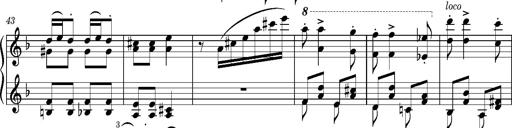
Title: Puszta Wehmut â€“ A puszta keserve
Composer: Franz Liszt
Key: D minor